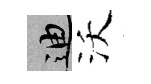
迪沃